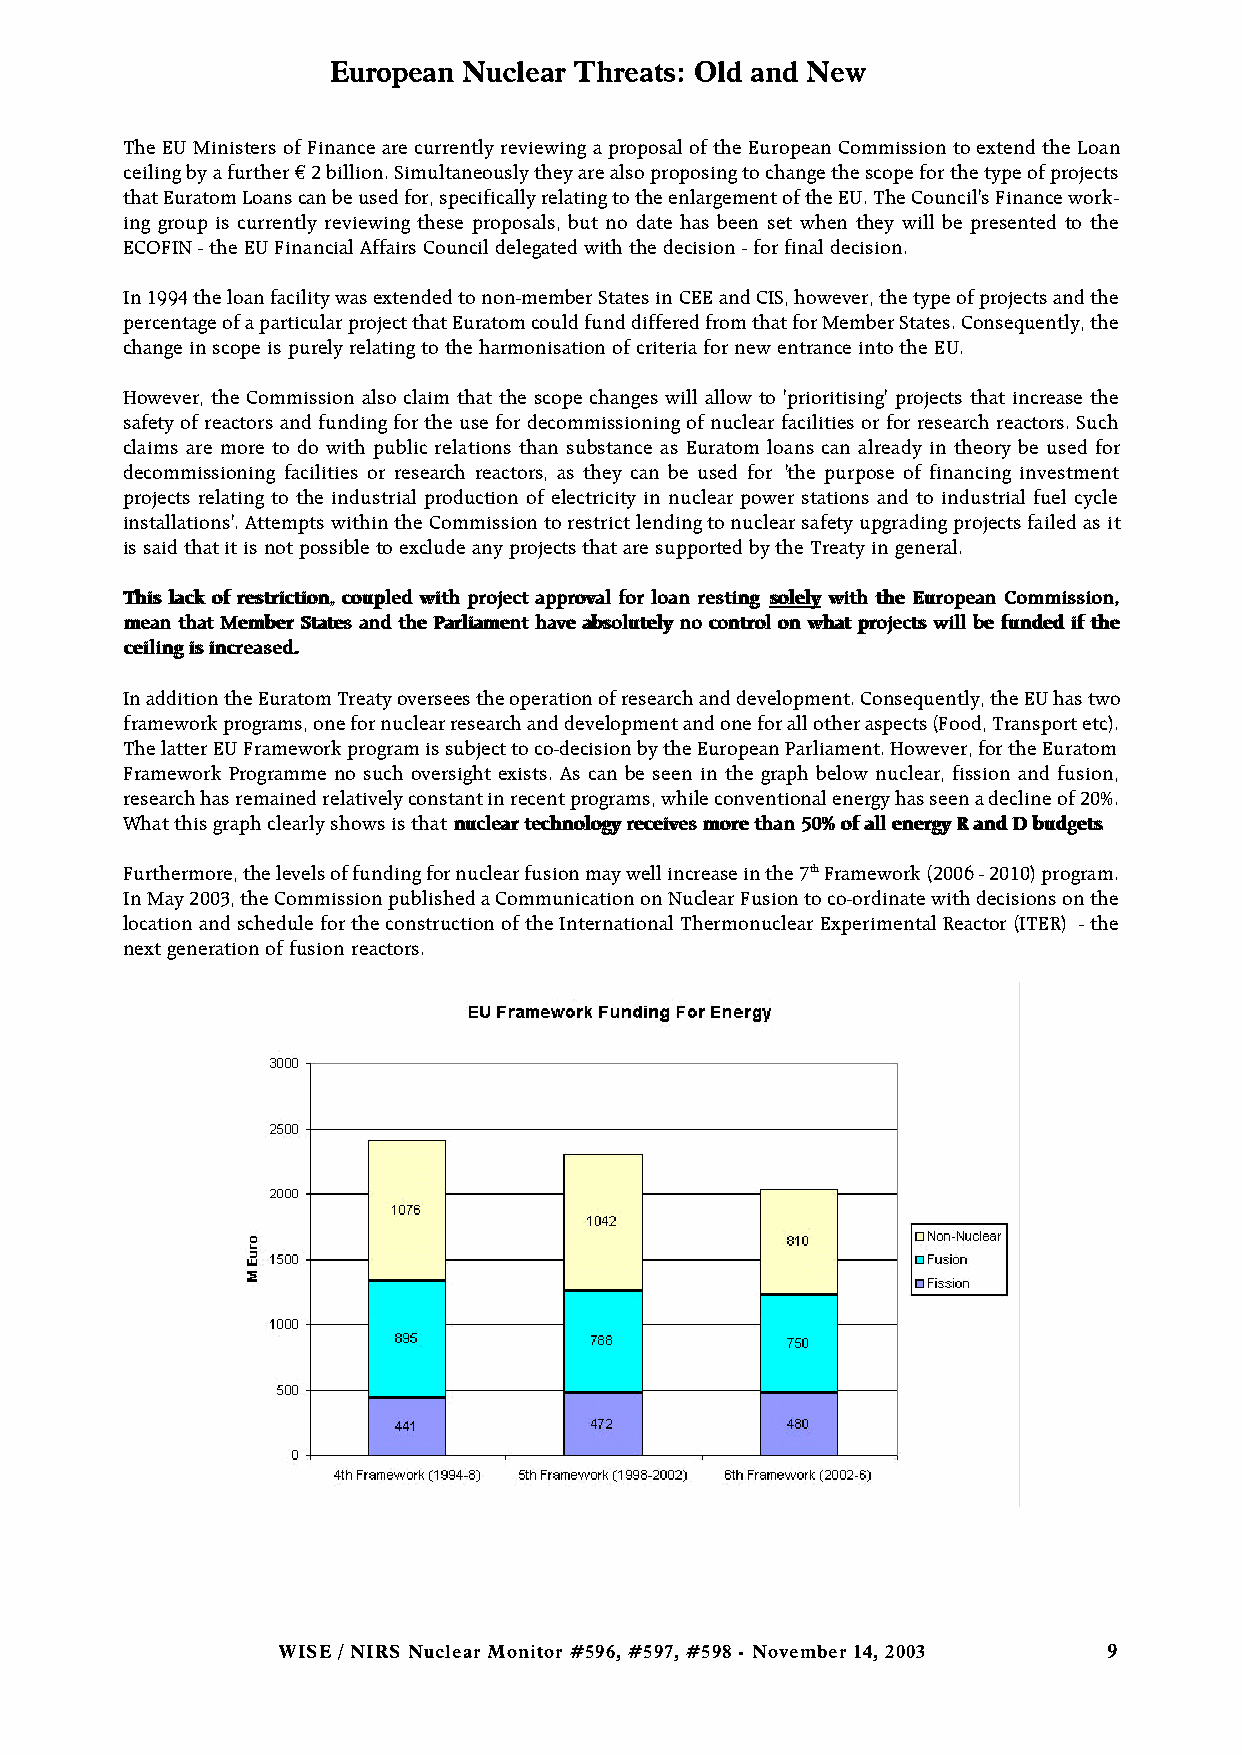
European Nuclear Threats: Old and New
 The EU Ministers of Finance are currently reviewing a proposal of the European Commission to extend the Loan
 ceiling by a further €2 billion. Simultaneously they are also proposing to change the scope for the type of projects
 that Euratom Loans can be used for, specifically relating to the enlargement of the EU. The Council's Finance work-
 ing group is currently reviewing these proposals, but no date has been set when they will be presented to the
 ECOFIN - the EU Financial Affairs Council delegated with the decision - for final decision.
 In 1994 the loan facility was extended to non-member States in CEE and CIS, however, the type of projects and the
 percentage of a particular project that Euratom could fund differed from that for Member States. Consequently, the
 change in scope is purely relating to the harmonisation of criteria for new entrance into the EU.
 However, the Commission also claim that the scope changes will allow to 'prioritising' projects that increase the
 safety of reactors and funding for the use for decommissioning of nuclear facilities or for research reactors. Such
 claims are more to do with public relations than substance as Euratom loans can already in theory be used for
 decommissioning facilities or research reactors, as they can be used for 'the purpose of financing investment
 projects relating to the industrial production of electricity in nuclear power stations and to industrial fuel cycle
 installations'. Attempts within the Commission to restrict lending to nuclear safety upgrading projects failed as it
 is said that it is not possible to exclude any projects that are supported by the Treaty in general.
 TThhiiss llaacckk ooff rreessttrriiccttiioonn,, ccoouupplleedd wwiitthh pprroojjeecctt aapppprroovvaall ffoorr llooaann rreessttiinngg ssoolleellyy wwiitthh tthhee EEuurrooppeeaann CCoommmmiissssiioonn,,
 mmeeaann tthhaatt MMeemmbbeerr SSttaatteess aanndd tthhee PPaarrlliiaammeenntt hhaavvee aabbssoolluutteellyy nnoo ccoonnttrrooll oonn wwhhaatt pprroojjeeccttss wwiillll bbee ffuunnddeedd iiff tthhee
 cceeiilliinngg iiss iinnccrreeaasseedd..
 In addition the Euratom Treaty oversees the operation of research and development. Consequently, the EU has two
 framework programs, one for nuclear research and development and one for all other aspects (Food, Transport etc).
 The latter EU Framework program is subject to co-decision by the European Parliament. However, for the Euratom
 Framework Programme no such oversight exists. As can be seen in the graph below nuclear, fission and fusion,
 research has remained relatively constant in recent programs, while conventional energy has seen a decline of 20%.
 What this graph clearly shows is that nnuucclleeaarr tteecchhnnoollooggyy rreecceeiivveess mmoorree tthhaann 5500%% ooff aallll eenneerrggyy RR aanndd DD bbuuddggeettss.
 Furthermore, the levels of funding for nuclear fusion may well increase in the 7thFramework (2006 - 2010) program.
 In May 2003, the Commission published a Communication on Nuclear Fusion to co-ordinate with decisions on the
 location and schedule for the construction of the International Thermonuclear Experimental Reactor (ITER) - the
 next generation of fusion reactors.
 WISE / NIRS Nuclear Monitor #596, #597, #598 - November 14, 2003 9